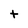
Character: t